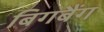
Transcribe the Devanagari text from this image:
बिगबैंग